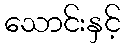
သောင်းနှင့်